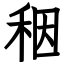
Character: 秵